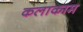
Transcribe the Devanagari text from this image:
कलाकाम